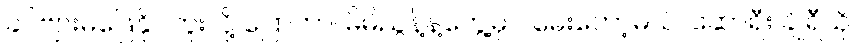
ခင်ဗျားမဖြေနိုင်ဘူးလို့ ပြောတာ၊ မိမိညွန့်နဲ့တွေ့မှပဲ မေးတော့မယ်၊ ဆောရီး ချိုရီယို